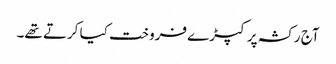
آج رکشہ پر کپڑے فروخت کیا کرتے تھے۔